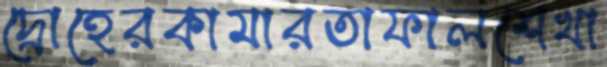
দ্রোহেরকামারতাফালশেখা